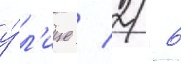
у́л'ице / 2/ 6